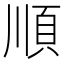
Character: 順